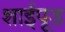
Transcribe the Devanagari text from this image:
शाईपूड